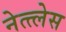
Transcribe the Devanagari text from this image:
नेत्त्लेस